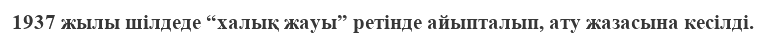
1937 жылы шілдеде “халық жауы” ретінде айыпталып, ату жазасына кесілді.